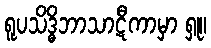
ရူပသိဒ္ဓိဘာသာဋီကာမှာ ရှု။